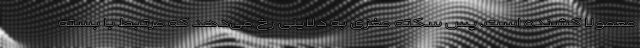
معمولا کشنده است. پس سکته مغزی به دلایلی رخ می‌دهد که مرتبط با بسته